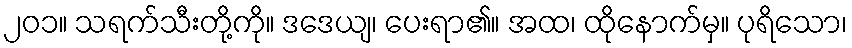
၂၀၁။ သရက်သီးတို့ကို။ ဒဒေယျ၊ ပေးရာ၏။ အထ၊ ထိုနောက်မှ။ ပုရိသော၊